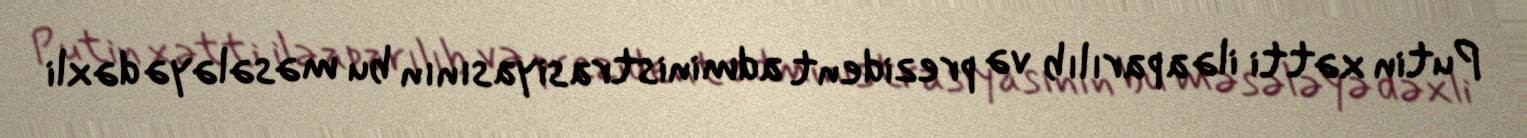
Putin xətti ilə aparılıb və prezident administrasiyasının bu məsələyə dəxli